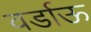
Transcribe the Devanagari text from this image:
वर्डाऊ